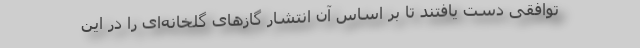
توافقی دست یافتند تا بر اساس آن انتشار گازهای گلخانه‌ای را در این